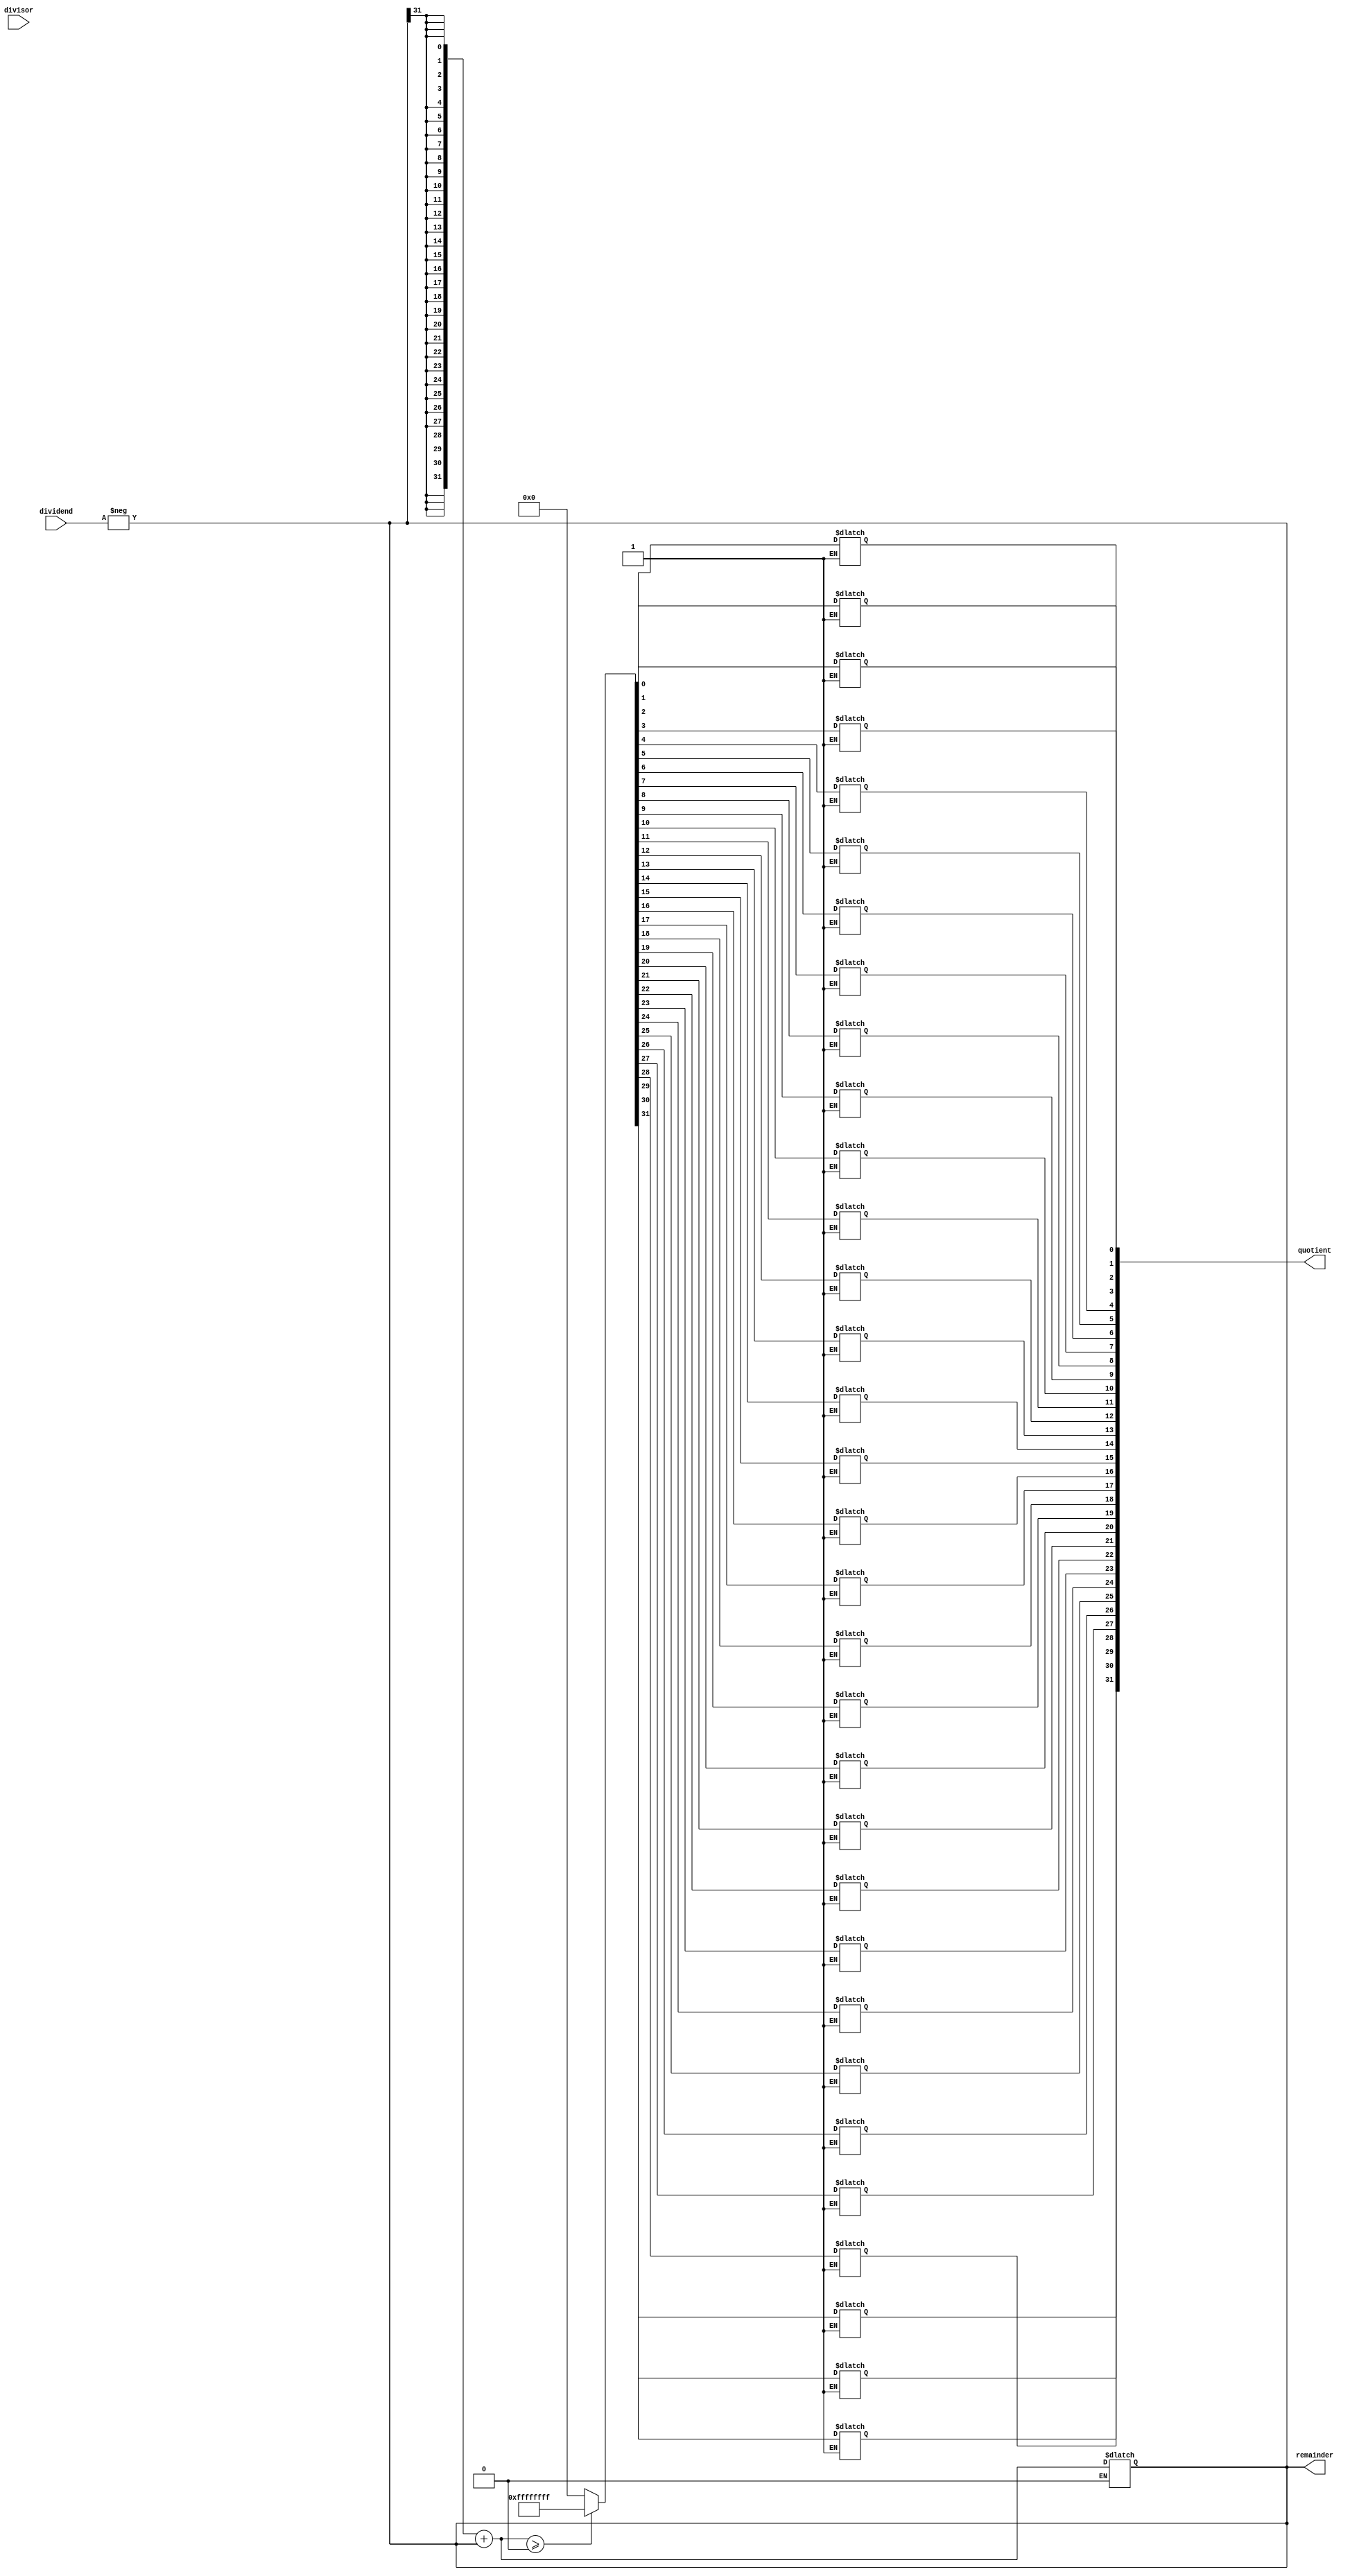
module non_restoring_divider (
    input signed [31:0] dividend,
    input signed [31:0] divisor,
    output reg signed [31:0] quotient,
    output reg [31:0] remainder
);

reg signed [31:0] neg_dividend;
reg signed [31:0] neg_divisor;
reg [31:0] count;
reg [31:0] iterations;
reg [1:0] state;
reg [31:0] temp;
reg signed [31:0] result;

assign neg_dividend = -dividend;
assign neg_divisor = -divisor;

always @ (neg_dividend, neg_divisor) begin
    remainder <= neg_dividend;
    state <= 2'b00;
    count <= 32;
end

always @ (*) begin
    case (state)
        2'b00: begin
            temp = {32{remainder[31]}};
            temp = temp + remainder;
            if (temp >= 0) begin
                remainder <= temp;
                quotient[count] = 1'b1;
            end else begin
                remainder <= temp;
                quotient[count] = 1'b0;
            end
            state <= 2'b01;
            count <= count - 1;
        end
        2'b01: begin
            if (neg_divisor[31]) begin
                result = remainder + divisor;
            end else begin
                result = remainder - divisor;
            end
            if (result >= 0) begin
                remainder <= result;
                quotient[count-1] = 1'b1;
            end else begin
                remainder <= result;
                quotient[count-1] = 1'b0;
                remainder <= remainder + divisor;
            end
            state <= 2'b00;
            if (count == 0) begin
                iterations = iterations + 1;
                if (iterations == 64) begin
                    state <= 2'b10;
                end
            end
        end
        2'b10: begin
            quotient = 32'b0;
        end
    endcase
end

endmodule